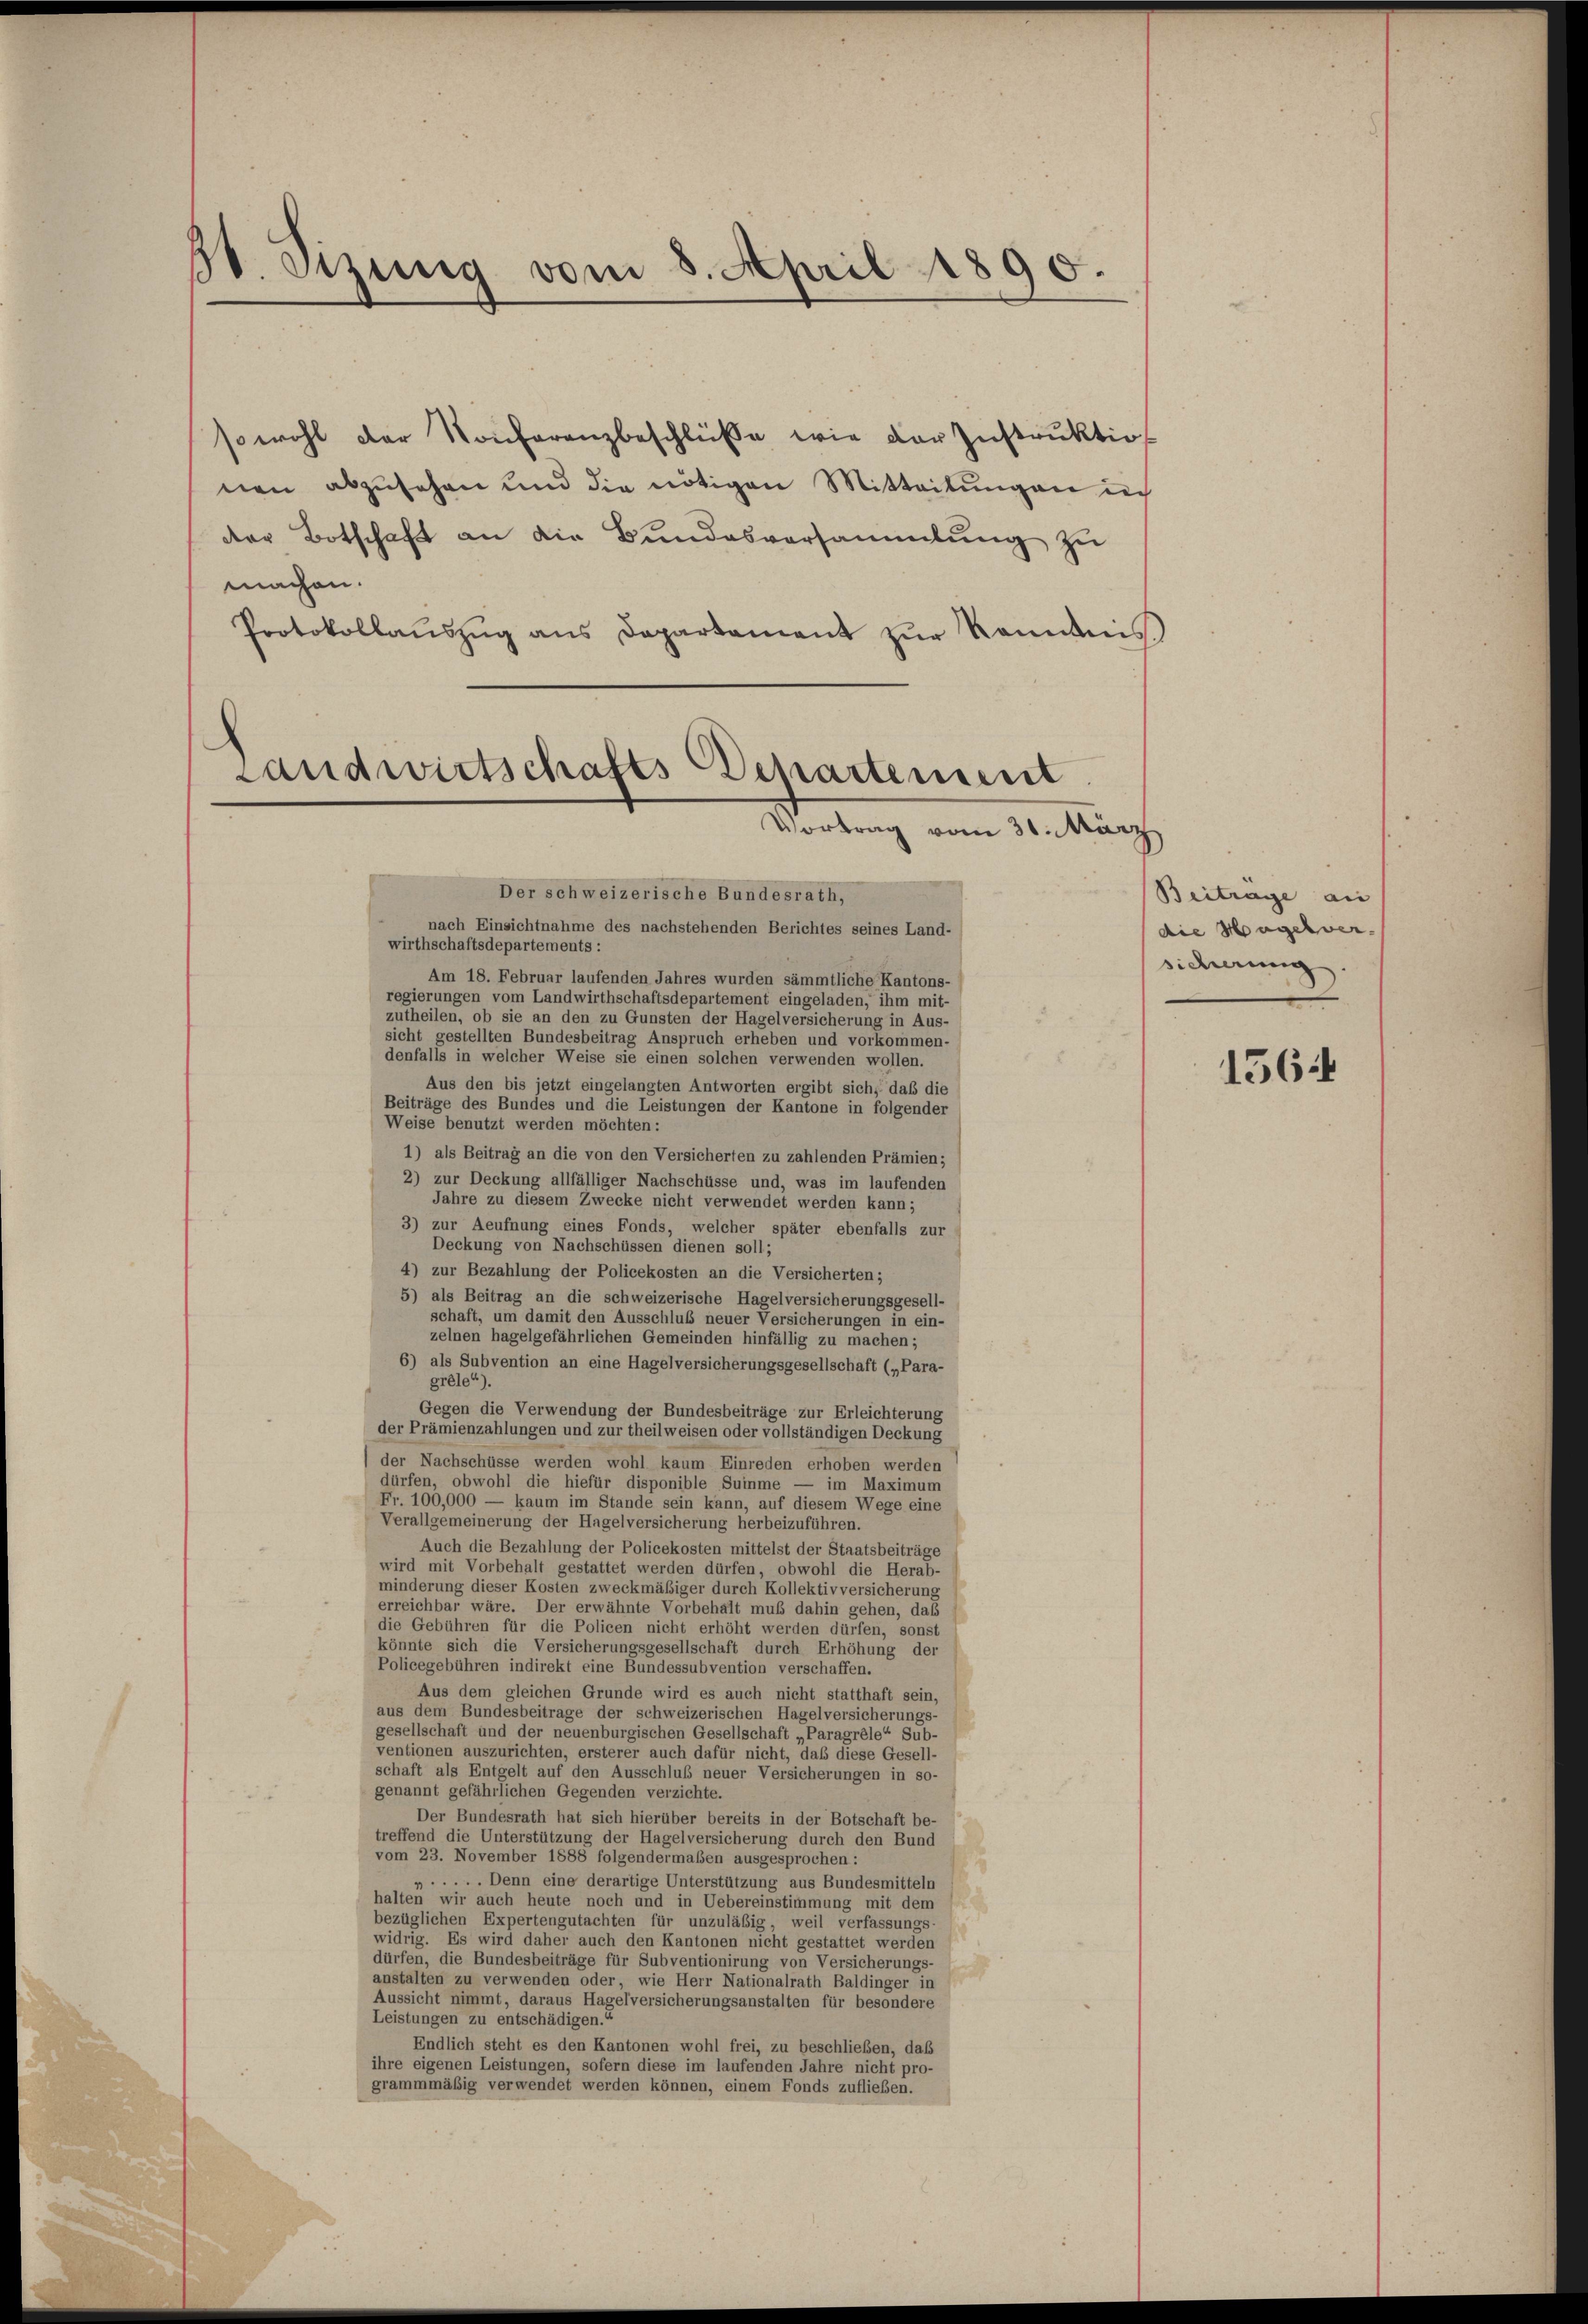
30. Sitzung vom 5. April 1895.

sowohl der Konferenzbeschlüße wie der Instruktio
nen abzusehen und die nötigen Mitteilŭngen ich
der Botschaft an die Bundesversammlung zu
machen.
Protokollauszug aus Departament zŭr Kenntnis

Landwirtschafts-Departement
Vortrag vom 30. März

Der schweizerische Bundesrath,
nach Einsichtnahme des nachstehenden Berichtes seines Land-
wirthschaftsdepartements :
Am 18. Februar laufenden Jahres wurden sämmtliche Kantons-
regierungen vom Landwirthschaftsdepartement eingeladen, ihm mit-
zutheilen, ob sie an den zu Gunsten der Hagelversicherung in Aus-
sicht gestellten Bundesbeitrag Anspruch erheben und vorkommen-
denfalls in welcher Weise sie einen solchen verwenden wollen.
Aus den bis jetzt eingelangten Antworten ergibt sich, daß die
Beiträge des Bundes und die Leistungen der Kantone in folgender
Weise benutzt werden möchten:
1) als Beitrag an die von den Versicherten zu zahlenden Prämien;
2) zur Deckung allfälliger Nachschüsse und, was im laufenden
Jahre zu diesem Zwecke nicht verwendet werden kann;
3) zur Aeufnung eines Fonds, welcher später ebenfalls zur
Deckung von Nachschüssen dienen soll;
4) zur Bezahlung der Policekosten an die Versicherten;
5) als Beitrag an die schweizerische Hagelversicherungsgesell-
schaft, um damit den Ausschluß neuer Versicherungen in ein-
zelnen hagelgefährlichen Gemeinden hinfällig zu machen;
6) als Subvention an eine Hagelversicherungsgesellschaft („Para-
gréle“).
Gegen die Verwendung der Bundesbeiträge zur Erleichterung
der Prämienzahlungen und zur theilweisen oder vollständigen Deckung
der Nachschüsse werden wohl kaum Einreden erhoben werden
dürfen, obwohl die hiefür disponible Summe — im Maximum
Fr. 100,000 — kaum im Stande sein kann, auf diesem Wege eine
Verallgemeinerung der Hagelversicherung herbeizuführen.
Auch die Bezahlung der Policekosten mittelst der Staatsbeiträge
wird mit Vorbehalt gestattet werden dürfen, obwohl die Herab-
minderung dieser Kosten zweckmäßiger durch Kollektivversicherung
erreichbar wäre. Der erwähnte Vorbehalt muß dahin gehen, das
die Gebühren für die Policen nicht erhöht werden dürfen, sonst
könnte sich die Versicherungsgesellschaft durch Erhöhung der
Policegebühren indirekt eine Bundessubvention verschaffen.
Aus dem gleichen Grunde wird es auch nicht statthaft sein,
aus dem Bundesbeitrage der schweizerischen Hagelversicherungs-
gesellschaft und der neuenburgischen Gesellschaft „Paragrèle“ Sub-
ventionen auszurichten, ersterer auch dafür nicht, daß diese Gesell-
schaft als Entgelt auf den Ausschluß neuer Versicherungen in so-
genannt gefährlichen Gegenden verzichte.
Der Bundesrath hat sich hierüber bereits in der Botschaft be-
treffend die Unterstützung der Hagelversicherung durch den Bund
vom 23. November 1888 folgendermaßen ausgesprochen :
». . . . . Denn eine derartige Unterstützung aus Bundesmitteln
halten wir auch heute noch und in Uebereinstimmung mit dem
bezüglichen Expertengutachten für unzuläßig, weil verfassungs-
widrig. Es wird daher auch den Kantonen nicht gestattet werden
dürfen, die Bundesbeiträge für Subventionirung von Versicherungs-
anstalten zu verwenden oder, wie Herr Nationalrath Baldinger in
Aussicht nimmt, daraus Hagelversicherungsanstalten für besondere
Leistungen zu entschädigen.“
Endlich steht es den Kantonen wohl frei, zu beschließen, daß
ihre eigenen Leistungen, sofern diese im laufenden Jahre nicht pro-
grammmäßig verwendet werden können, einem Fonds zuflieben.

Beitrage au
die Hagelver.
sicherung

1564